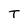
Character: T